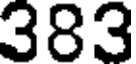
383